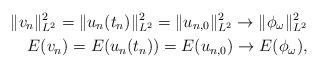
LaTeX: \begin{align*}\|v_n\|^2_{L^2}=\|u_n(t_n)\|^2_{L^2}=\|u_{n,0}\|^2_{L^2}\to \|\phi_{\omega}\|^2_{L^2} \\E(v_n)=E(u_n(t_n))=E(u_{n,0})\to E(\phi_{\omega}),\end{align*}